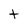
Character: t